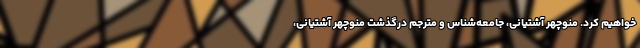
خواهيم كرد. منوچهر آشتیانی، جامعه‌شناس و مترجم درگذشت منوچهر آشتیانی،